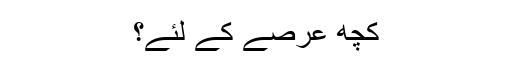
کچھ عرصے کے لئے؟